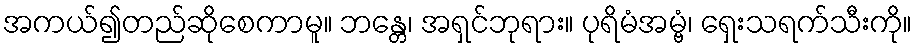
အကယ်၍တည်ဆိုစေကာမူ။ ဘန္တေ၊ အရှင်ဘုရား။ ပုရိမံအမ္ဗံ၊ ရှေးသရက်သီးကို။